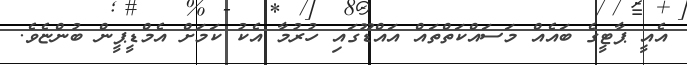
އެއީ ޕާޓީގެ ބައެއް މަސައްކަތްތައް އައްޑޫގައި ހުރުމާ އެކު ކަމަށް އެމްޑީޕީން ބުންޏެވެ.